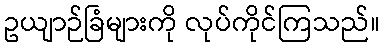
ဥယျာဉ်ခြံများကို လုပ်ကိုင်ကြသည်။